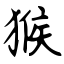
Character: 猴